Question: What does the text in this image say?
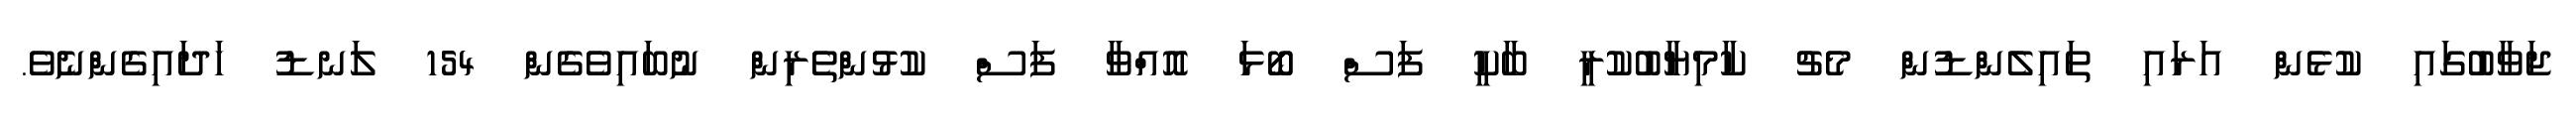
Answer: ޖަވާބުގައި ކުޅެން އަރައި ތައިލެންޑުން މެޗު ކާމިޔާބުކުރީ ބާކީ ފަސް ބޯޅަ އޮއްވާ ފަސް ކުޅުންތެރިން ނުބައިވެގެން 154 ލަނޑު ހަދައިގެންނެވެ.